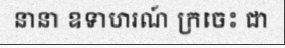
នានា ឧទាហរណ៍ ក្រចេះ ជា